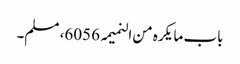
باب ما یکرہ من النمیمہ 6056، مسلم۔